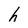
Character: h